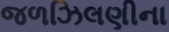
જળઝિલણીના